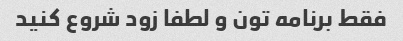
فقط برنامه تون و لطفا زود شروع کنید